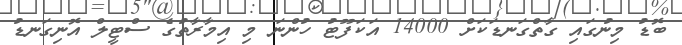
ބޮޑު މިނުގައި ގާތްގަނޑަކަށް 14000 އަކަފޫޓު ހުންނަ މި އިމާރާތުގެ ސްޓީލް އޮނިގަނޑު